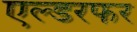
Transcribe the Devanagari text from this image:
एल्डरफर